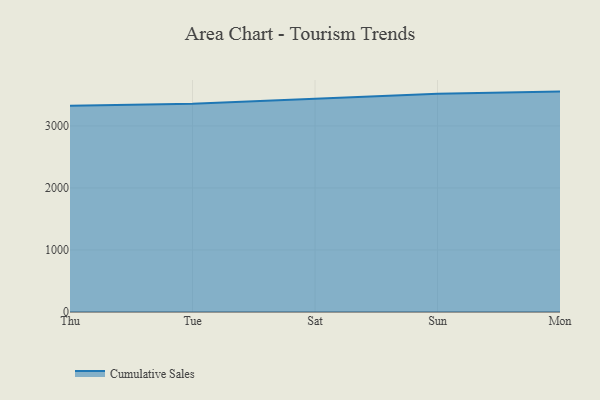
{"axis": {"x": "Day", "y": "Energy Usage (MWh)"}, "legend": ["Cumulative Sales"], "data": [{"x": "Thu", "y": 3327.2, "type": "Cumulative Sales"}, {"x": "Tue", "y": 3359.2, "type": "Cumulative Sales"}, {"x": "Sat", "y": 3439.9, "type": "Cumulative Sales"}, {"x": "Sun", "y": 3516.8, "type": "Cumulative Sales"}, {"x": "Mon", "y": 3553.4, "type": "Cumulative Sales"}]}